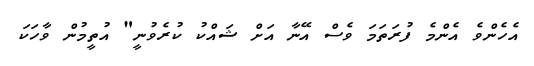
އެހެންވެ އެންމެ ފުރަތަމަ ވެސް އޭނާ އަށް ޝައްކު ކުރެވުނީ" އުތީމުން ވާހަކަ